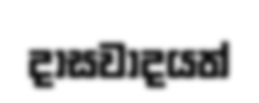
දාසවාදයත්